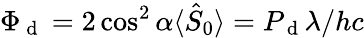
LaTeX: \Phi_{\mathrm{~d~}}=2\cos^{2}\alpha\langle\hat{S}_{0}\rangle=P_{\mathrm{~d~}}\lambda/hc